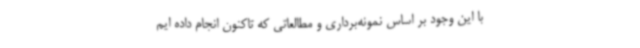
با این وجود بر اساس نمونه‌برداری و مطالعاتی که تاکنون انجام داده ایم